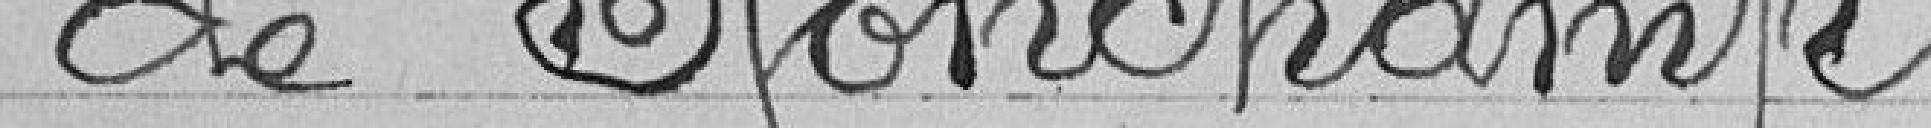
de Ronchamp